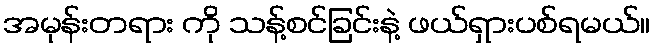
အမုန်းတရား ကို သန့်စင်ခြင်းနဲ့ ဖယ်ရှားပစ်ရမယ်။